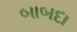
બાબદા